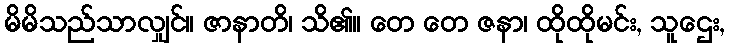
မိမိသည်သာလျှင်။ ဇာနာတိ၊ သိ၏။ တေ တေ ဇနာ၊ ထိုထိုမင်း, သူဌေး,